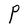
Character: P